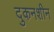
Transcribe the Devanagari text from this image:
दुकनशीन